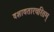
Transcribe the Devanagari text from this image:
दशावतारचरितम्